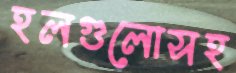
হলগুলোসহ